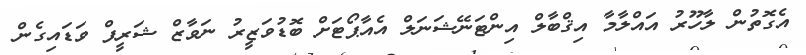
އެގޮތުން ލާހޫރު އައްލާމާ އިޤްބާލް އިންޓަނޭޝަނަލް އެއާޕޯޓަށް ބޮޑުވަޒީރު ނަވާޒް ޝަރީފް ވަޑައިގެން